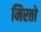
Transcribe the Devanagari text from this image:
मिरतो